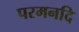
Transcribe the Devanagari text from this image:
परमनदि